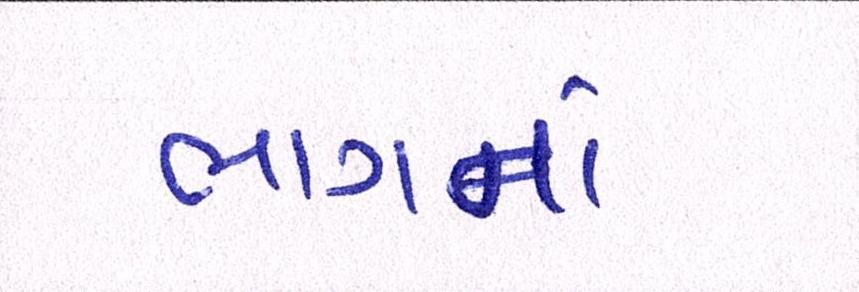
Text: ભાગનાં